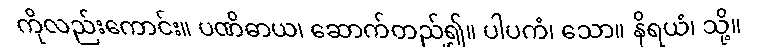
ကိုလည်းကောင်း။ ပဏိဓာယ၊ ဆောက်တည်၍။ ပါပကံ၊ သော။ နိရယံ၊ သို့။